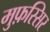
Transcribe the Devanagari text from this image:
मुफ़स्सिर